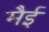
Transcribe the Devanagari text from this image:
मैई